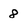
Character: 8